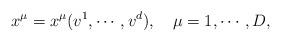
LaTeX: \begin{align*}x^\mu =x^\mu (v^1,\cdots ,v^d),\quad \mu =1,\cdots ,D,\end{align*}